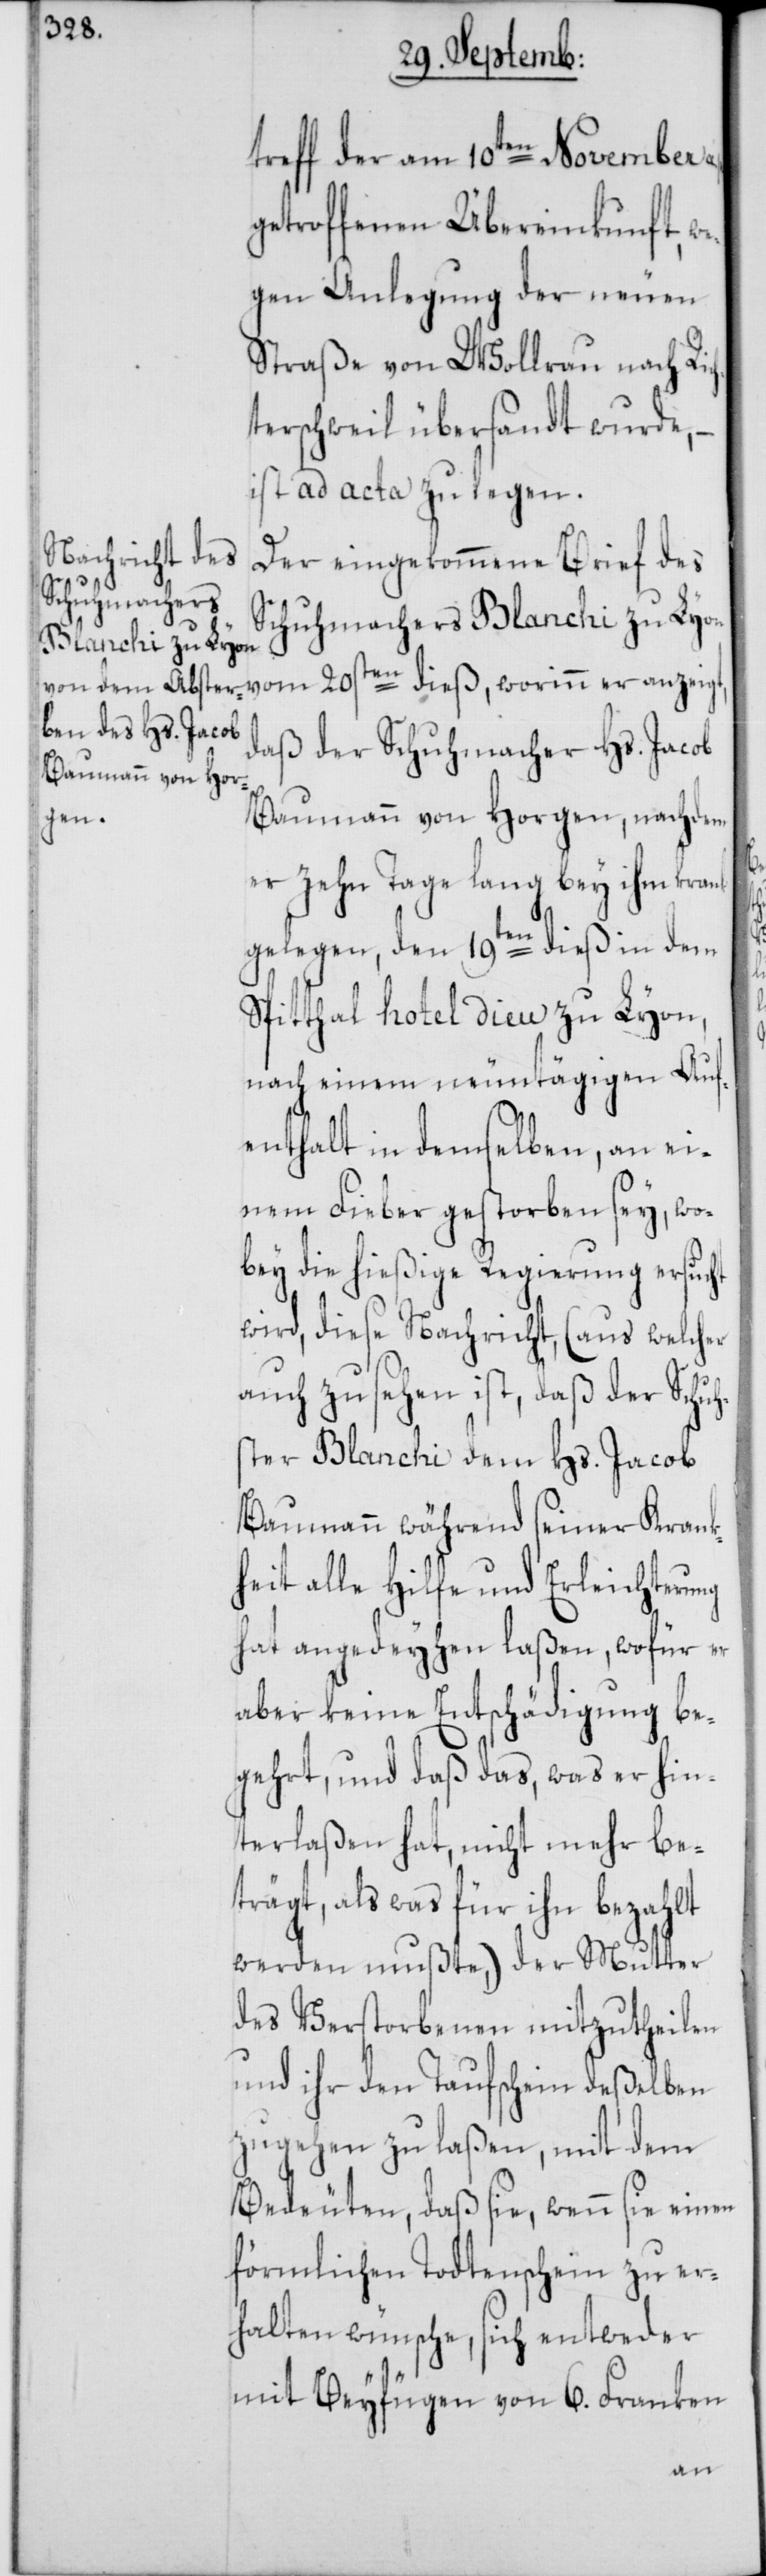
treff der am 10ten November a.
etroffenen Übereinkunft we¬
gen Anlegung der neuen
Straße von Wollrau nach Ric¬
hterschweil übersandt wurde, –
ist ad acta zu legen.
Der eingekommene Brief des
Schuhmachers Blanchi zu Lyon
daß der Schuhmacher Hs. Jacob
Baumann von Horgen, nachdem
p.g¬
er zehn Tage lang bey ihm krank
gelegen, den 19ten dieß in dem
Spitthal Hôtel Dieu zu Lyon,
nach einem neuntägigen Auf¬
enthalt in demselben, an ei¬
nem Fieber gestorben sey, wo¬
bey die hießige Regierung ersucht
wird, diese Nachricht, (aus welcher
auch zu sehen ist, daß der Schuh¬
ster Blanchi dem Hs. Jacob
Baumann während seiner Krank¬
heit alle Hilfe und Erleichterung
hat angedeyhen laßen, wofür er
aber keine Entschädigung be¬
gehrt, und daß das, was er hin¬
terlaßen hat, nicht mehr be¬
trägt, als was für ihn bezahlt
werden mußte,) der Mutter
des Verstorbenen mitzutheilen
und ihr den Taufschein deßelben
zugehen zu laßen, mit dem
Bedeuten, daß sie, wenn sie einen
förmlichen Todtenschein zu er¬
halten wünsche, sich entweder
mit Beyfügen von 6. Franken